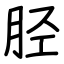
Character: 胫